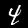
Digit: 4